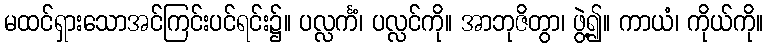
မထင်ရှားသောအင်ကြင်းပင်ရင်း၌။ ပလ္လင်္ကံ၊ ပလ္လင်ကို။ အာဘုဇိတွာ၊ ဖွဲ့၍။ ကာယံ၊ ကိုယ်ကို။